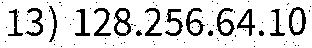
13) 128.256.64.10